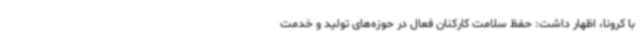
با کرونا، اظهار داشت: حفظ سلامت کارکنان فعال در حوزه‌های تولید و خدمت